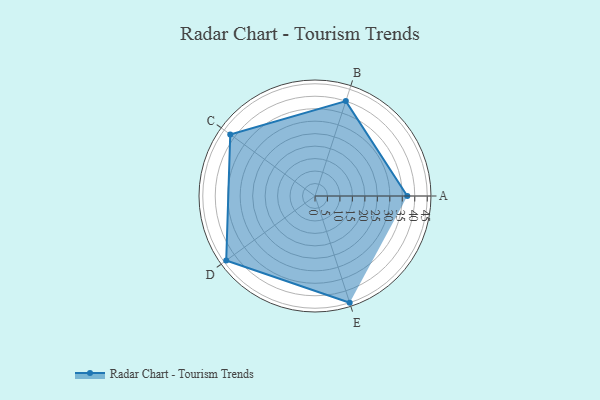
{"axis": {"x": "Skill", "y": "Score"}, "legend": ["Profile"], "data": [{"x": "A", "y": 37.0, "type": "Profile"}, {"x": "B", "y": 40.0, "type": "Profile"}, {"x": "C", "y": 42.0, "type": "Profile"}, {"x": "D", "y": 44.0, "type": "Profile"}, {"x": "E", "y": 45.0, "type": "Profile"}]}